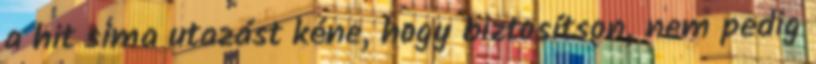
a hit sima utazást kéne, hogy biztosítson, nem pedig